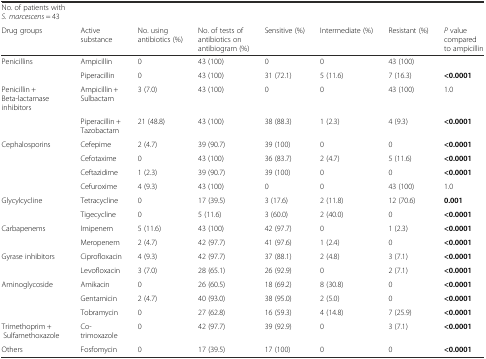
<table><thead><tr><td><b>No. of patients with <i>S. marcescens</i> = 43</b></td><td></td><td></td><td></td><td></td><td></td><td></td><td></td></tr><tr><td><b>Drug groups</b></td><td><b>Active substance</b></td><td><b>No. using antibiotics (%)</b></td><td><b>No. of tests of antibiotics on antibiogram (%)</b></td><td><b>Sensitive (%)</b></td><td><b>Intermediate (%)</b></td><td><b>Resistant (%)</b></td><td><b><i>P</i> value compared to ampicillin</b></td></tr></thead><tbody><tr><td>Penicillins</td><td>Ampicillin</td><td>0</td><td>43 (100)</td><td>0</td><td>0</td><td>43 (100)</td><td></td></tr><tr><td></td><td>Piperacillin</td><td>0</td><td>43 (100)</td><td>31 (72.1)</td><td>5 (11.6)</td><td>7 (16.3)</td><td><b>&lt;</b><b>0.0001</b></td></tr><tr><td>Penicillin + Beta-lactamase inhibitors</td><td>Ampicillin + Sulbactam</td><td>3 (7.0)</td><td>43 (100)</td><td>0</td><td>0</td><td>43 (100)</td><td>1.0</td></tr><tr><td></td><td>Piperacillin + Tazobactam</td><td>21 (48.8)</td><td>43 (100)</td><td>38 (88.3)</td><td>1 (2.3)</td><td>4 (9.3)</td><td><b>&lt;</b><b>0.0001</b></td></tr><tr><td>Cephalosporins</td><td>Cefepime</td><td>2 (4.7)</td><td>39 (90.7)</td><td>39 (100)</td><td>0</td><td>0</td><td><b>&lt;</b><b>0.0001</b></td></tr><tr><td></td><td>Cefotaxime</td><td>0</td><td>43 (100)</td><td>36 (83.7)</td><td>2 (4.7)</td><td>5 (11.6)</td><td><b>&lt;</b><b>0.0001</b></td></tr><tr><td></td><td>Ceftazidime</td><td>1 (2.3)</td><td>39 (90.7)</td><td>39 (100)</td><td>0</td><td>0</td><td><b>&lt;</b><b>0.0001</b></td></tr><tr><td></td><td>Cefuroxime</td><td>4 (9.3)</td><td>43 (100)</td><td>0</td><td>0</td><td>43 (100)</td><td>1.0</td></tr><tr><td>Glycylcycline</td><td>Tetracycline</td><td>0</td><td>17 (39.5)</td><td>3 (17.6)</td><td>2 (11.8)</td><td>12 (70.6)</td><td><b>0.001</b></td></tr><tr><td></td><td>Tigecycline</td><td>0</td><td>5 (11.6)</td><td>3 (60.0)</td><td>2 (40.0)</td><td>0</td><td><b>&lt;</b><b>0.0001</b></td></tr><tr><td>Carbapenems</td><td>Imipenem</td><td>5 (11.6)</td><td>43 (100)</td><td>42 (97.7)</td><td>0</td><td>1 (2.3)</td><td><b>&lt;</b><b>0.0001</b></td></tr><tr><td></td><td>Meropenem</td><td>2 (4.7)</td><td>42 (97.7)</td><td>41 (97.6)</td><td>1 (2.4)</td><td>0</td><td><b>&lt;</b><b>0.0001</b></td></tr><tr><td>Gyrase inhibitors</td><td>Ciprofloxacin</td><td>4 (9.3)</td><td>42 (97.7)</td><td>37 (88.1)</td><td>2 (4.8)</td><td>3 (7.1)</td><td><b>&lt;</b><b>0.0001</b></td></tr><tr><td></td><td>Levofloxacin</td><td>3 (7.0)</td><td>28 (65.1)</td><td>26 (92.9)</td><td>0</td><td>2 (7.1)</td><td><b>&lt;</b><b>0.0001</b></td></tr><tr><td>Aminoglycoside</td><td>Amikacin</td><td>0</td><td>26 (60.5)</td><td>18 (69.2)</td><td>8 (30.8)</td><td>0</td><td><b>&lt;</b><b>0.0001</b></td></tr><tr><td></td><td>Gentamicin</td><td>2 (4.7)</td><td>40 (93.0)</td><td>38 (95.0)</td><td>2 (5.0)</td><td>0</td><td><b>&lt;</b><b>0.0001</b></td></tr><tr><td></td><td>Tobramycin</td><td>0</td><td>27 (62.8)</td><td>16 (59.3)</td><td>4 (14.8)</td><td>7 (25.9)</td><td><b>&lt;</b><b>0.0001</b></td></tr><tr><td>Trimethoprim + Sulfamethoxazole</td><td>Co-trimoxazole</td><td>0</td><td>42 (97.7)</td><td>39 (92.9)</td><td>0</td><td>3 (7.1)</td><td><b>&lt;</b><b>0.0001</b></td></tr><tr><td>Others</td><td>Fosfomycin</td><td>0</td><td>17 (39.5)</td><td>17 (100)</td><td>0</td><td>0</td><td><b>&lt;</b><b>0.0001</b></td></tr></tbody></table>